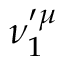
\nu _ { 1 } ^ { \prime \mu }